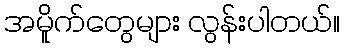
အမိူက်တွေများ လွန်းပါတယ်။